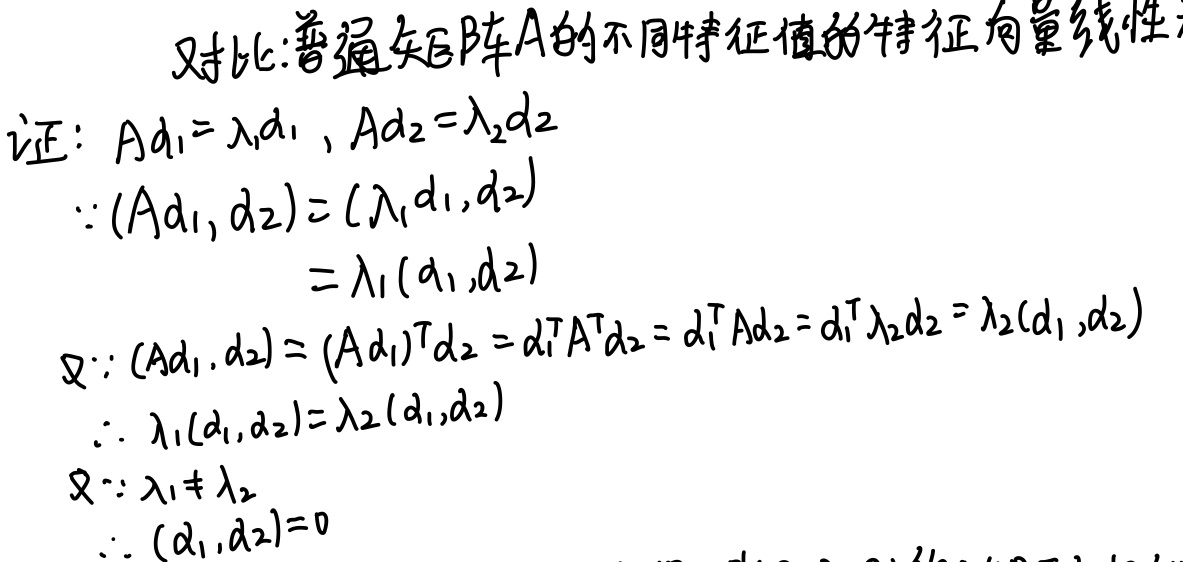
证：设\(Ad_1 = \lambda_1d_1\)，\(Ad_2=\lambda_2d_2\)。
\(\because(Ad_1, d_2) = (\lambda_1d_1,d_2)=\lambda_1(d_1,d_2)\)
又\(\because(Ad_1, d_2)=(Ad_1)^Td_2 = d_1^TA^Td_2=d_1^TAd_2 = d_1^T\lambda_2d_2=\lambda_2(d_1,d_2)\)
\(\therefore\lambda_1(d_1,d_2)=\lambda_2(d_1,d_2)\)
又\(\because\lambda_1\neq\lambda_2\)
\(\therefore(d_1,d_2)=0\)